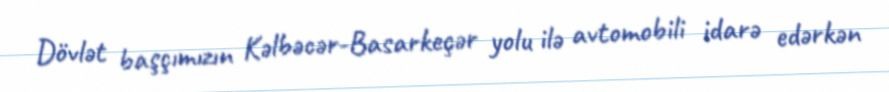
Dövlət başçımızın Kəlbəcər-Basarkeçər yolu ilə avtomobili idarə edərkən